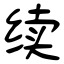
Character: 续